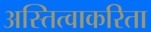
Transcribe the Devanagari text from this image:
अस्तित्वाकरिता